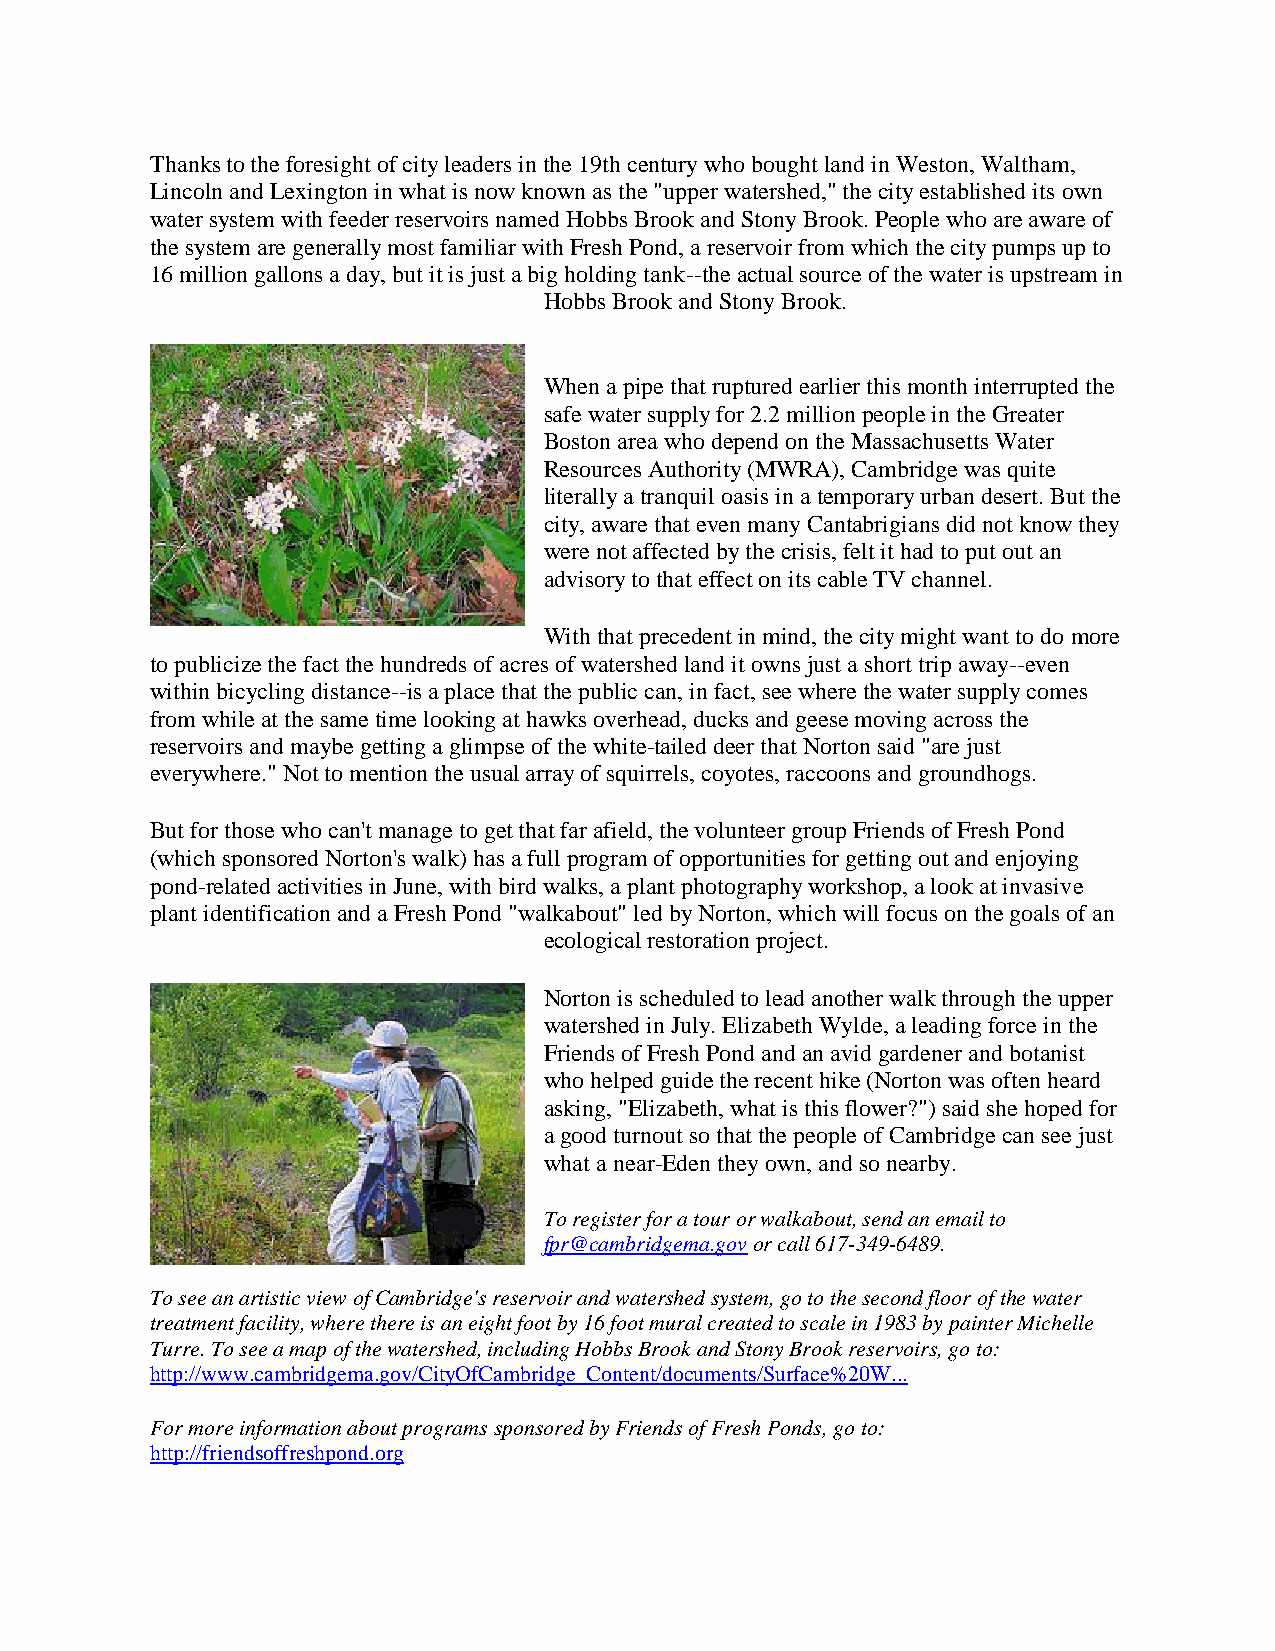
Thanks to the foresight of city leaders in the 19th century who bought land in Weston, Waltham,
 Lincoln and Lexington in what is now known as the "upper watershed," the city established its own
 water system with feeder reservoirs named Hobbs Brook and Stony Brook. People who are aware of
 the system are generally most familiar with Fresh Pond, a reservoir from which the city pumps up to
 16 million gallons a day, but it is just a big holding tank--the actual source of the water is upstream in
 Hobbs Brook and Stony Brook.
 When a pipe that ruptured earlier this month interrupted the
 safe water supply for 2.2 million people in the Greater
 Boston area who depend on the Massachusetts Water
 Resources Authority (MWRA), Cambridge was quite
 literally a tranquil oasis in a temporary urban desert. But the
 city, aware that even many Cantabrigians did not know they
 were not affected by the crisis, felt it had to put out an
 advisory to that effect on its cable TV channel.
 With that precedent in mind, the city might want to do more
 to publicize the fact the hundreds of acres of watershed land it owns just a short trip away--even
 within bicycling distance--is a place that the public can, in fact, see where the water supply comes
 from while at the same time looking at hawks overhead, ducks and geese moving across the
 reservoirs and maybe getting a glimpse of the white-tailed deer that Norton said "are just
 everywhere." Not to mention the usual array of squirrels, coyotes, raccoons and groundhogs.
 But for those who can't manage to get that far afield, the volunteer group Friends of Fresh Pond
 (which sponsored Norton's walk) has a full program of opportunities for getting out and enjoying
 pond-related activities in June, with bird walks, a plant photography workshop, a look at invasive
 plant identification and a Fresh Pond "walkabout" led by Norton, which will focus on the goals of an
 ecological restoration project.
 Norton is scheduled to lead another walk through the upper
 watershed in July. Elizabeth Wylde, a leading force in the
 Friends of Fresh Pond and an avid gardener and botanist
 who helped guide the recent hike (Norton was often heard
 asking, "Elizabeth, what is this flower?") said she hoped for
 a good turnout so that the people of Cambridge can see just
 what a near-Eden they own, and so nearby.
 To register for a tour or walkabout, send an email to
 fpr@cambridgema.gov or call 617-349-6489.
 To see an artistic view of Cambridge's reservoir and watershed system, go to the second floor of the water
 treatment facility, where there is an eight foot by 16 foot mural created to scale in 1983 by painter Michelle
 Turre. To see a map of the watershed, including Hobbs Brook and Stony Brook reservoirs, go to:
 http://www.cambridgema.gov/CityOfCambridge_Content/documents/Surface%20W...
 For more information about programs sponsored by Friends of Fresh Ponds, go to:
 http://friendsoffreshpond.org